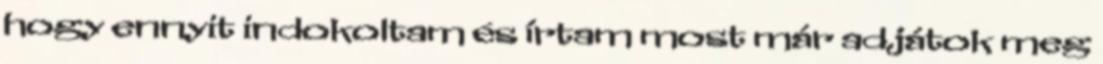
hogy ennyit indokoltam és írtam most már adjátok meg